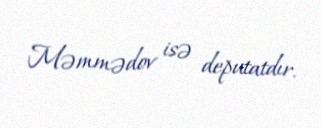
Məmmədov isə deputatdır.